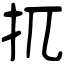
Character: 扤